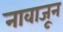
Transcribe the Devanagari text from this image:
नावाजून